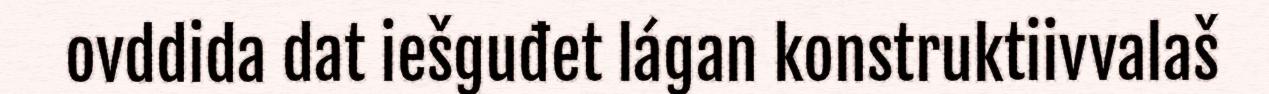
ovddida dat iešguđet lágan konstruktiivvalaš